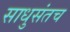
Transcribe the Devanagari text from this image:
साधुसंतच